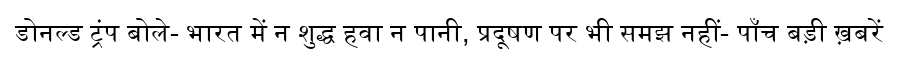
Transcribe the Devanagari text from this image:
डोनल्ड ट्रंप बोले- भारत में न शुद्ध हवा न पानी, प्रदूषण पर भी समझ नहीं- पाँच बड़ी ख़बरें